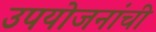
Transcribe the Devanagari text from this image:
उपयोजनांची